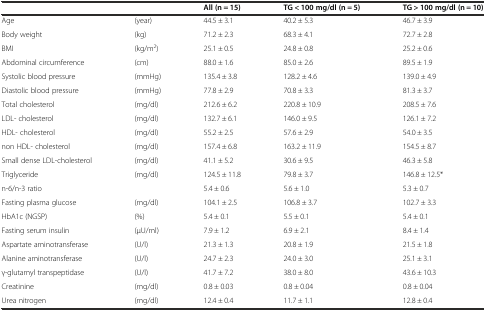
<table><thead><tr><td></td><td></td><td><b>All (n = 15)</b></td><td><b>TG &lt; 100 mg/dl (n = 5)</b></td><td><b>TG &gt; 100 mg/dl (n = 10)</b></td></tr></thead><tbody><tr><td>Age</td><td>(year)</td><td>44.5 ± 3.1</td><td>40.2 ± 5.3</td><td>46.7 ± 3.9</td></tr><tr><td>Body weight</td><td>(kg)</td><td>71.2 ± 2.3</td><td>68.3 ± 4.1</td><td>72.7 ± 2.8</td></tr><tr><td>BMI</td><td>(kg/m<sup>2</sup>)</td><td>25.1 ± 0.5</td><td>24.8 ± 0.8</td><td>25.2 ± 0.6</td></tr><tr><td>Abdominal circumference</td><td>(cm)</td><td>88.0 ± 1.6</td><td>85.0 ± 2.6</td><td>89.5 ± 1.9</td></tr><tr><td>Systolic blood pressure</td><td>(mmHg)</td><td>135.4 ± 3.8</td><td>128.2 ± 4.6</td><td>139.0 ± 4.9</td></tr><tr><td>Diastolic blood pressure</td><td>(mmHg)</td><td>77.8 ± 2.9</td><td>70.8 ± 3.3</td><td>81.3 ± 3.7</td></tr><tr><td>Total cholesterol</td><td>(mg/dl)</td><td>212.6 ± 6.2</td><td>220.8 ± 10.9</td><td>208.5 ± 7.6</td></tr><tr><td>LDL- cholesterol</td><td>(mg/dl)</td><td>132.7 ± 6.1</td><td>146.0 ± 9.5</td><td>126.1 ± 7.2</td></tr><tr><td>HDL- cholesterol</td><td>(mg/dl)</td><td>55.2 ± 2.5</td><td>57.6 ± 2.9</td><td>54.0 ± 3.5</td></tr><tr><td>non HDL- cholesterol</td><td>(mg/dl)</td><td>157.4 ± 6.8</td><td>163.2 ± 11.9</td><td>154.5 ± 8.7</td></tr><tr><td>Small dense LDL-cholesterol</td><td>(mg/dl)</td><td>41.1 ± 5.2</td><td>30.6 ± 9.5</td><td>46.3 ± 5.8</td></tr><tr><td>Triglyceride</td><td>(mg/dl)</td><td>124.5 ± 11.8</td><td>79.8 ± 3.7</td><td>146.8 ± 12.5*</td></tr><tr><td>n-6/n-3 ratio</td><td></td><td>5.4 ± 0.6</td><td>5.6 ± 1.0</td><td>5.3 ± 0.7</td></tr><tr><td>Fasting plasma glucose</td><td>(mg/dl)</td><td>104.1 ± 2.5</td><td>106.8 ± 3.7</td><td>102.7 ± 3.3</td></tr><tr><td>HbA1c (NGSP)</td><td>(%)</td><td>5.4 ± 0.1</td><td>5.5 ± 0.1</td><td>5.4 ± 0.1</td></tr><tr><td>Fasting serum insulin</td><td>(μU/ml)</td><td>7.9 ± 1.2</td><td>6.9 ± 2.1</td><td>8.4 ± 1.4</td></tr><tr><td>Aspartate aminotransferase</td><td>(U/l)</td><td>21.3 ± 1.3</td><td>20.8 ± 1.9</td><td>21.5 ± 1.8</td></tr><tr><td>Alanine aminotransferase</td><td>(U/l)</td><td>24.7 ± 2.3</td><td>24.0 ± 3.0</td><td>25.1 ± 3.1</td></tr><tr><td>γ-glutamyl transpeptidase</td><td>(U/l)</td><td>41.7 ± 7.2</td><td>38.0 ± 8.0</td><td>43.6 ± 10.3</td></tr><tr><td>Creatinine</td><td>(mg/dl)</td><td>0.8 ± 0.03</td><td>0.8 ± 0.04</td><td>0.8 ± 0.04</td></tr><tr><td>Urea nitrogen</td><td>(mg/dl)</td><td>12.4 ± 0.4</td><td>11.7 ± 1.1</td><td>12.8 ± 0.4</td></tr></tbody></table>